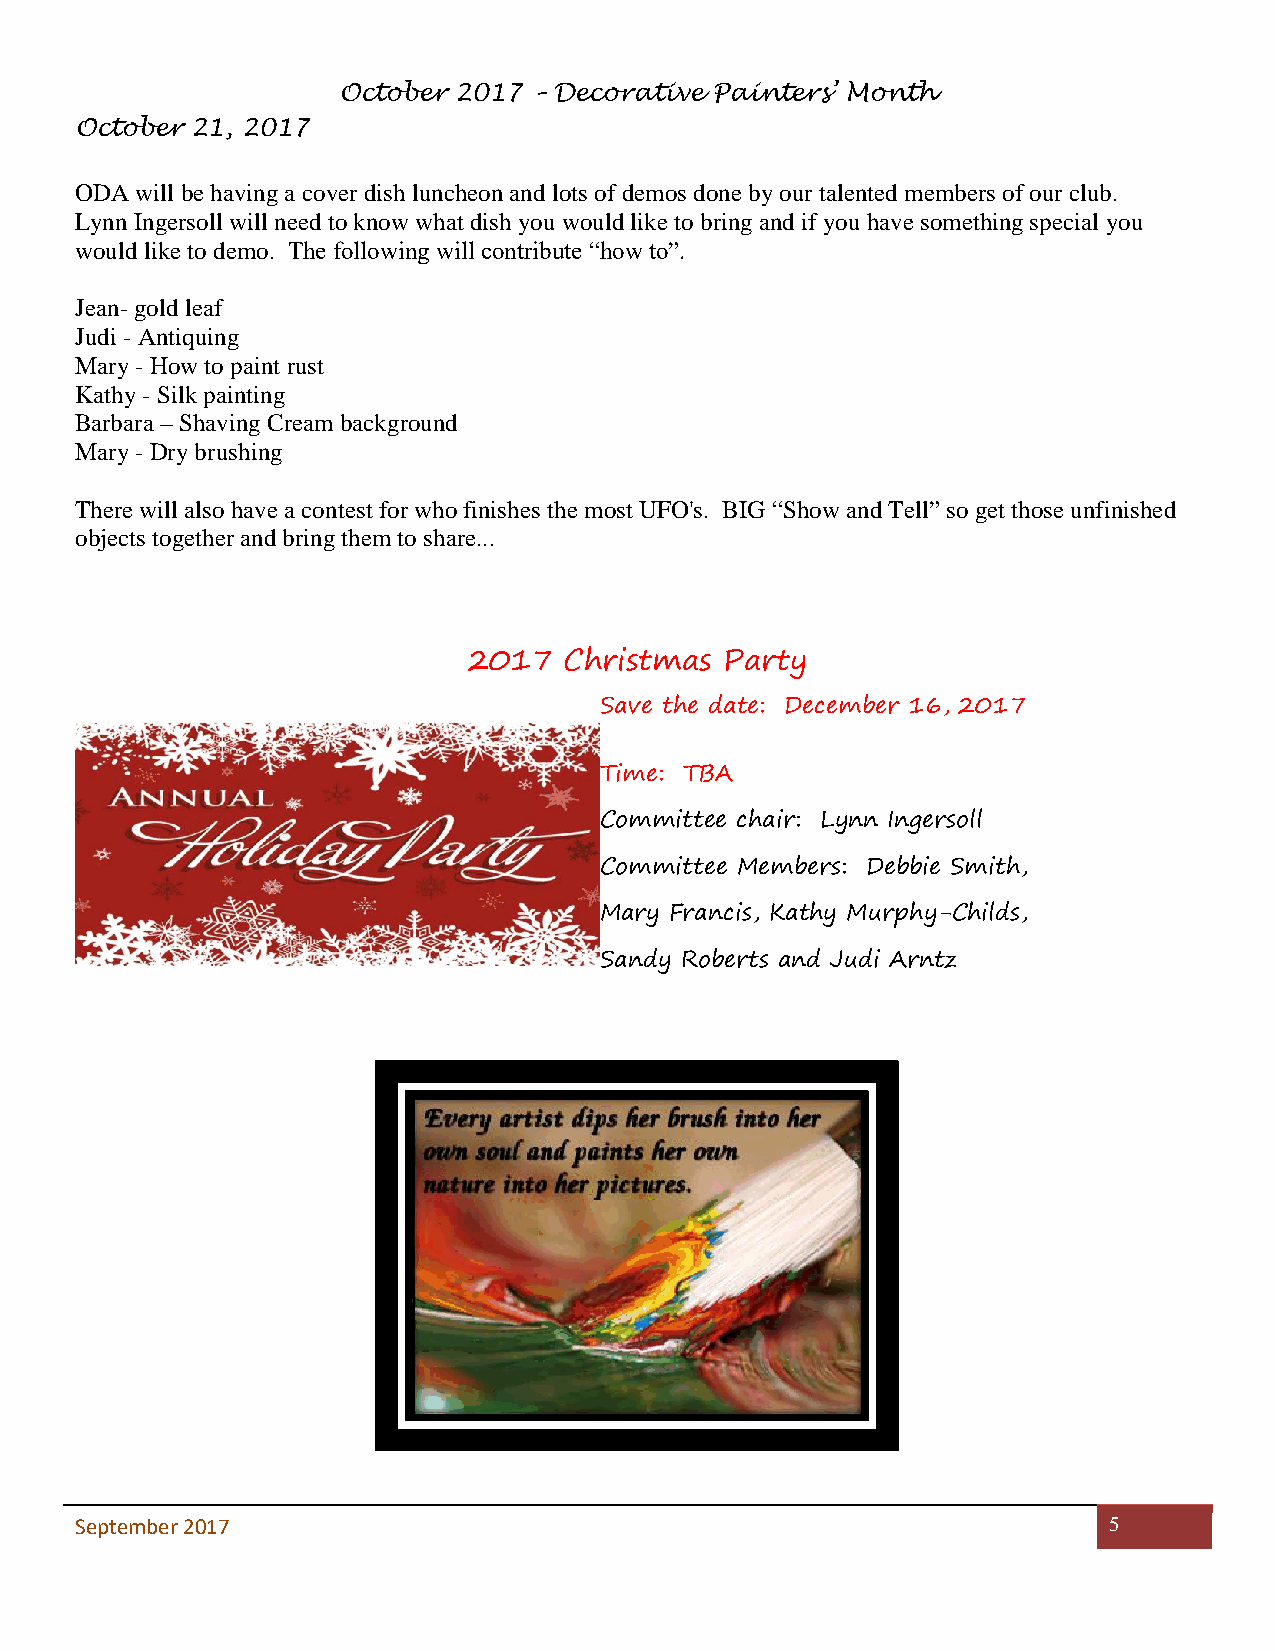
October 2017 – Decorative Painters’ Month
 October 21, 2017
 ODA will be having a cover dish luncheon and lots of demos done by our talented members of our club.
 Lynn Ingersoll will need to know what dish you would like to bring and if you have something special you
 would like to demo. The following will contribute “how to”.
 Jean- gold leaf
 Judi - Antiquing
 Mary - How to paint rust
 Kathy - Silk painting
 Barbara – Shaving Cream background
 Mary - Dry brushing
 There will also have a contest for who finishes the most UFO's. BIG “Show and Tell” so get those unfinished
 objects together and bring them to share...
 2017  Christmas  Party
 Save the date: December 16, 2017
 Time: TBA
 Committee chair: Lynn Ingersoll
 Committee Members: Debbie Smith,
 Mary Francis, Kathy Murphy-Childs,
 Sandy Roberts and Judi Arntz
 September 2017                                                      5